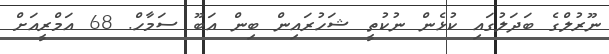
ނޫރުލްގެ ބަދަލުގައި ކުޅެން ނުކުތީ ޝަހުރައިން ބިިން އަބޫ ސަމާހް. 68 އަމްރީއަށް